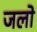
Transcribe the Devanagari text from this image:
जलो